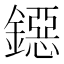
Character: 鐚